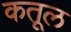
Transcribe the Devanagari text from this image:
कतूल